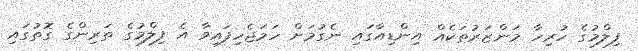
ފިލްމުގެ ހުރިހާ މަންޒަރުތަކެއް އިންޑިއާގައި ނެގުމަށް ހަމަޖެހިފައިވާ އެ ފިލްމުގެ ތަރިންގެ ގޮތުގައި